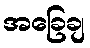
အခြေချ